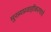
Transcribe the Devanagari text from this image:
मुख्यप्रवाहीकरणाचे